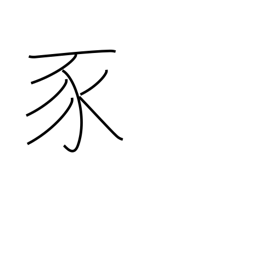
Meaning: pig radical (no. 152)